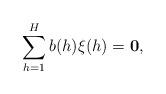
LaTeX: \begin{align*}\sum_{h=1}^H b(h)\xi(h) = {\bf 0},\end{align*}